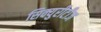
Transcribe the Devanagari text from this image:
सिक्युरीटीज